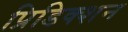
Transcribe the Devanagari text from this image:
प्रिडिक्शन